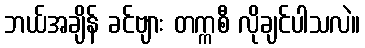
ဘယ်အချိန် ခင်ဗျား တက္ကစီ လိုချင်ပါသလဲ။